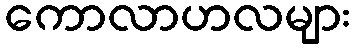
ကောလာဟလများ